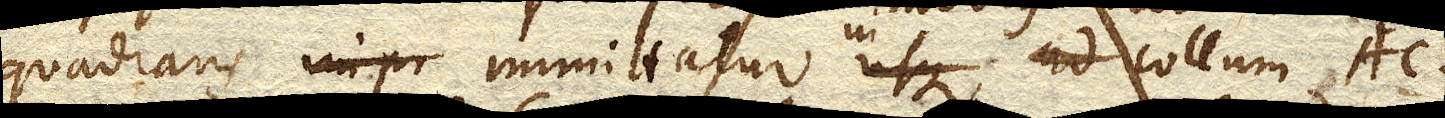
quadrans immittatur in collum AC.